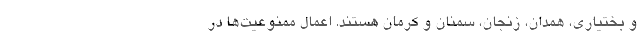
و بختیاری، همدان، زنجان، سمنان و کرمان هستند. اعمال ممنوعیت‌ها در